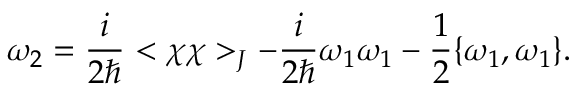
\omega _ { 2 } = { \frac { i } { 2 \hbar } } < \chi \chi > _ { J } - { \frac { i } { 2 \hbar } } \omega _ { 1 } \omega _ { 1 } - { \frac { 1 } { 2 } } \{ \omega _ { 1 } , \omega _ { 1 } \} .